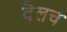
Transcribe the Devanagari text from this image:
वैलच